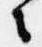
々